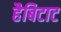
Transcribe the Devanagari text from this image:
हैबिटाट